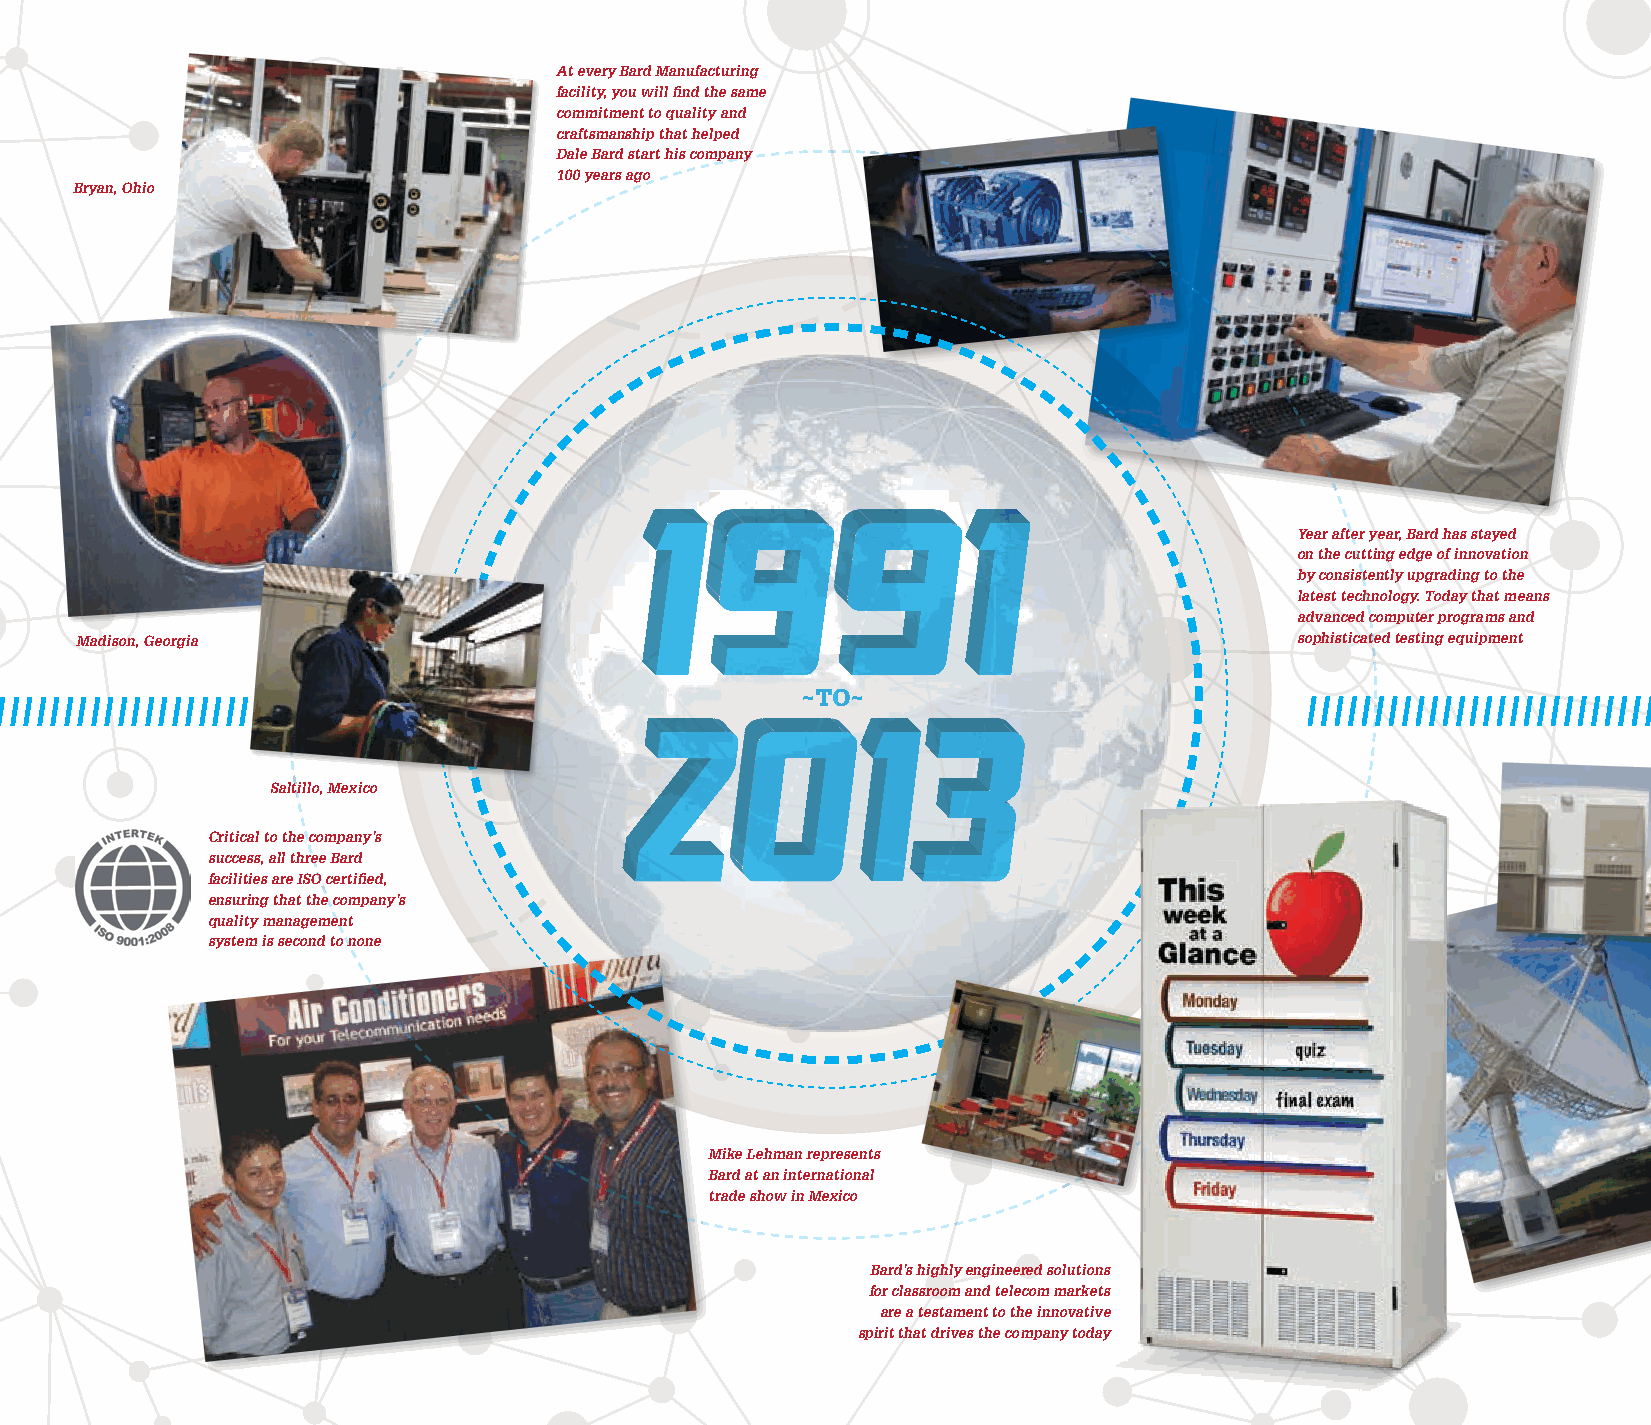
At every Bard Manufacturing
 facility, you will find the same
 commitment to quality and
 craftsmanship that helped
 Dale Bard start his company
 100 years ago
 Bryan, Ohio
 Year after year, Bard has stayed
 on the cutting edge of innovation
 by consistently upgrading to the
 latest technology. Today that means
 advanced computer programs and
 Madison, Georgia                                                                 sophisticated testing equipment
 ~TO~
 / / / / / / / / / / / / / / / / / / / / / / / / / / / / /
 Saltillo, Mexico
 Critical to the company’s
 success, all three Bard
 facilities are ISO certified,
 ensuring that the company’s
 quality management
 system is second to none
 Mike Lehman represents
 Bard at an international
 trade show in Mexico
 Bard’s highly engineered solutions
 for classroom and telecom markets
 are a testament to the innovative
 spirit that drives the company today